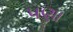
પણા